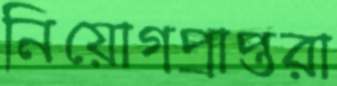
নিয়োগপ্রাপ্তরা